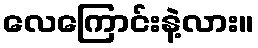
လေကြောင်းနဲ့လား။